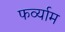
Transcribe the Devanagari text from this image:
फर्व्याम